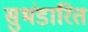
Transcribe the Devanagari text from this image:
सुभंडारित